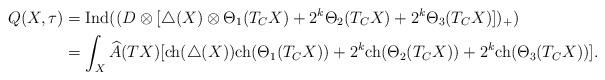
LaTeX: \begin{align*}Q(X,\tau)&={\rm Ind}((D\otimes[\triangle(X)\otimes \Theta_1(T_{C}X)+2^k\Theta_2(T_{C}X)+2^k\Theta_3(T_{C}X)])_+)\\&=\int_X\widehat{A}(TX)[{\rm ch}(\triangle(X)){\rm ch}(\Theta_1(T_{C}X))+2^k{\rm ch}(\Theta_2(T_{C}X))+2^k{\rm ch}(\Theta_3(T_{C}X))].\end{align*}